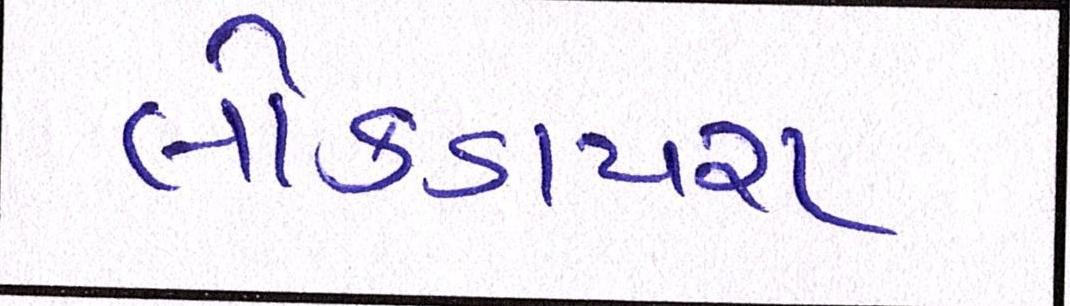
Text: લોકડાયરા